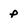
Character: P